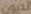
الديون